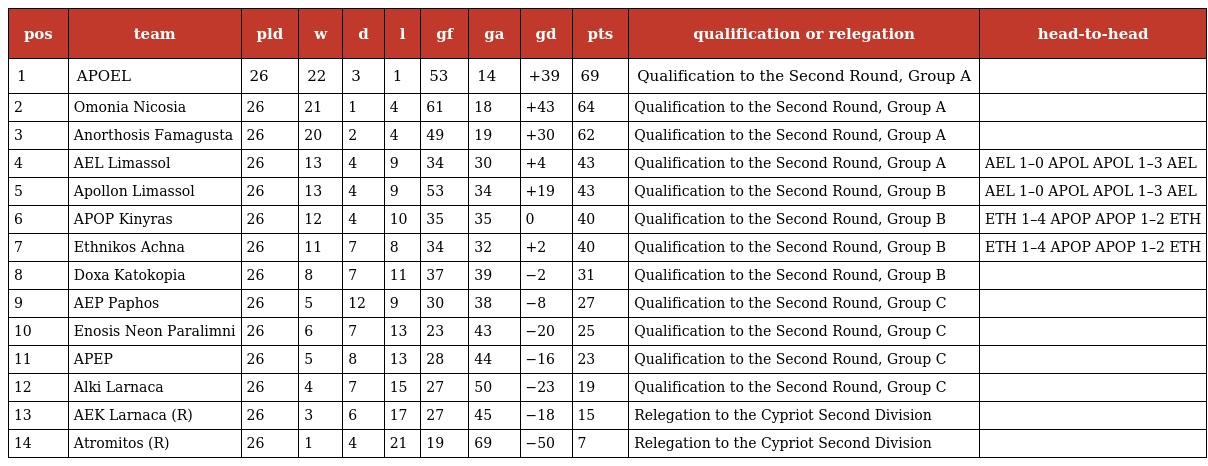
| pos | team | pld | w | d | l | gf | ga | gd | pts | qualification or relegation | head-to-head |
 | --- | --- | --- | --- | --- | --- | --- | --- | --- | --- | --- | --- |
 | 1 | APOEL | 26 | 22 | 3 | 1 | 53 | 14 | +39 | 69 | Qualification to the Second Round, Group A |  |
 | 2 | Omonia Nicosia | 26 | 21 | 1 | 4 | 61 | 18 | +43 | 64 | Qualification to the Second Round, Group A |  |
 | 3 | Anorthosis Famagusta | 26 | 20 | 2 | 4 | 49 | 19 | +30 | 62 | Qualification to the Second Round, Group A |  |
 | 4 | AEL Limassol | 26 | 13 | 4 | 9 | 34 | 30 | +4 | 43 | Qualification to the Second Round, Group A | AEL 1–0 APOL APOL 1–3 AEL |
 | 5 | Apollon Limassol | 26 | 13 | 4 | 9 | 53 | 34 | +19 | 43 | Qualification to the Second Round, Group B | AEL 1–0 APOL APOL 1–3 AEL |
 | 6 | APOP Kinyras | 26 | 12 | 4 | 10 | 35 | 35 | 0 | 40 | Qualification to the Second Round, Group B | ETH 1–4 APOP APOP 1–2 ETH |
 | 7 | Ethnikos Achna | 26 | 11 | 7 | 8 | 34 | 32 | +2 | 40 | Qualification to the Second Round, Group B | ETH 1–4 APOP APOP 1–2 ETH |
 | 8 | Doxa Katokopia | 26 | 8 | 7 | 11 | 37 | 39 | −2 | 31 | Qualification to the Second Round, Group B |  |
 | 9 | AEP Paphos | 26 | 5 | 12 | 9 | 30 | 38 | −8 | 27 | Qualification to the Second Round, Group C |  |
 | 10 | Enosis Neon Paralimni | 26 | 6 | 7 | 13 | 23 | 43 | −20 | 25 | Qualification to the Second Round, Group C |  |
 | 11 | APEP | 26 | 5 | 8 | 13 | 28 | 44 | −16 | 23 | Qualification to the Second Round, Group C |  |
 | 12 | Alki Larnaca | 26 | 4 | 7 | 15 | 27 | 50 | −23 | 19 | Qualification to the Second Round, Group C |  |
 | 13 | AEK Larnaca (R) | 26 | 3 | 6 | 17 | 27 | 45 | −18 | 15 | Relegation to the Cypriot Second Division |  |
 | 14 | Atromitos (R) | 26 | 1 | 4 | 21 | 19 | 69 | −50 | 7 | Relegation to the Cypriot Second Division |  |